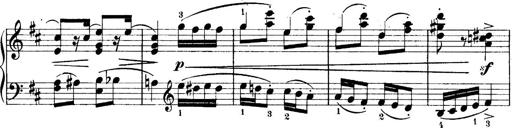
Title: 4 Sonatines
Composer: Max Reger